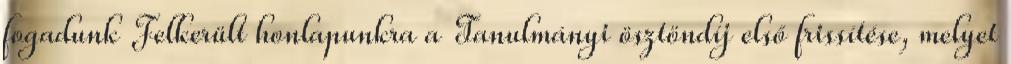
fogadunk Felkerült honlapunkra a Tanulmányi ösztöndíj első frissítése, melyet